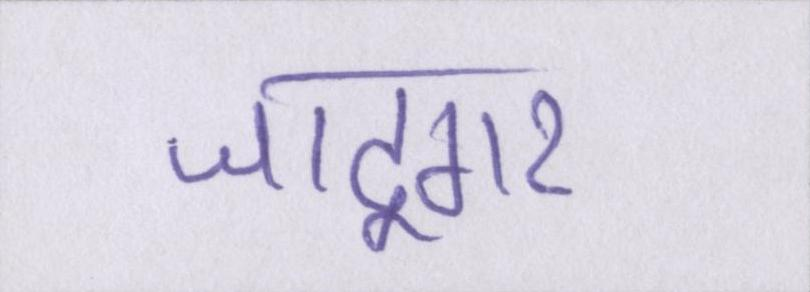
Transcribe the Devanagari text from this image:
जादूगर